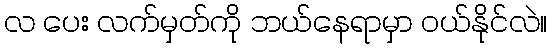
လ ပေး လက်မှတ်ကို ဘယ်နေရာမှာ ဝယ်နိုင်လဲ။